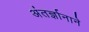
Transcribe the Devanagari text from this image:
अंतर्ज्ञानाने